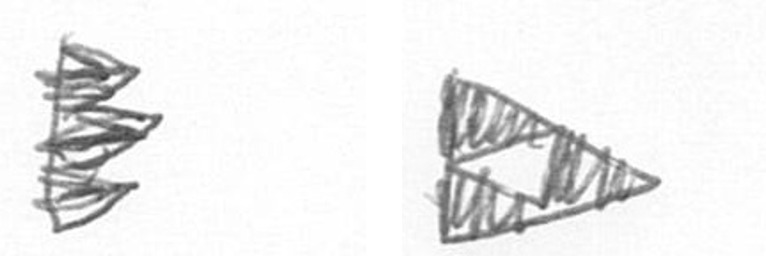
H K